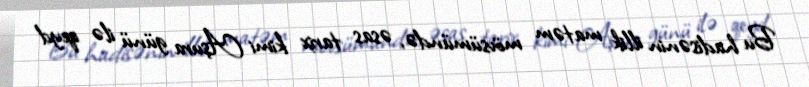
Bu hadisənin illik matəm mövsümündə, əsas tarix kimi Aşura günü ilə qeyd